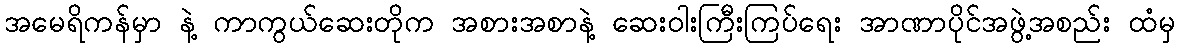
အမေရိကန်မှာ နဲ့ ကာကွယ်ဆေးတိုက အစားအစာနဲ့ ဆေးဝါးကြီးကြပ်ရေး အာဏာပိုင်အဖွဲ့အစည်း ထံမှ